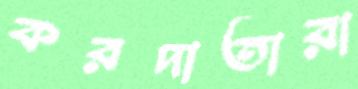
করদাতারা